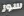
سور